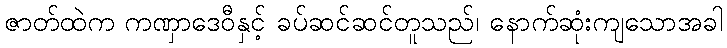
ဇာတ်ထဲက ကဏှာဒေဝီနှင့် ခပ်ဆင်ဆင်တူသည်၊ နောက်ဆုံးကျသောအခါ